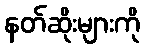
နတ်ဆိုးများကို